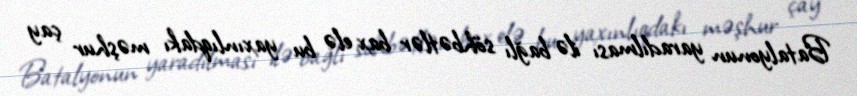
Batalyonun yaradılması ilə bağlı söhbətlər bax elə bu yaxınlıqdakı məşhur çay